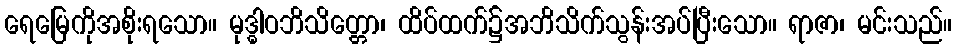
ရေမြေကိုအစိုးရသော။ မုဒ္ဓါဝဘိသိတ္တော၊ ထိပ်ထက်၌အဘိသိက်သွန်းအပ်ပြီးသော။ ရာဇာ၊ မင်းသည်။